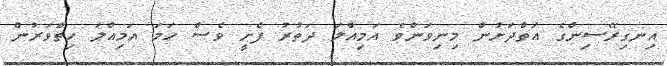
އިނގިރޭސިންގެ އަތްދަށުން މިނިވަންވެ އަމިއްލަ ދަތުރު ފެށީ ވެސް ހަމަ އަމިއްލަ ހިތްވަރުން